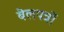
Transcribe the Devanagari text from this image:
बेलपत्रों